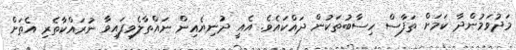
މަދުވަމުންދާ ކަމަށް ތަފާސް ހިސާބުތަކުން ދައްކައެވެ. އެއީ ދުނިޔެއިން ނައްތާލެވިފައިވާ ނުރައްކާތެރި އެތަށް